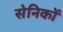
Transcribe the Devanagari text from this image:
सेनिकों